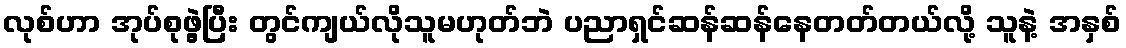
လုစ်ဟာ အုပ်စုဖွဲ့ပြီး တွင်ကျယ်လိုသူမဟုတ်ဘဲ ပညာရှင်ဆန်ဆန်နေတတ်တယ်လို့ သူနဲ့ အနှစ်